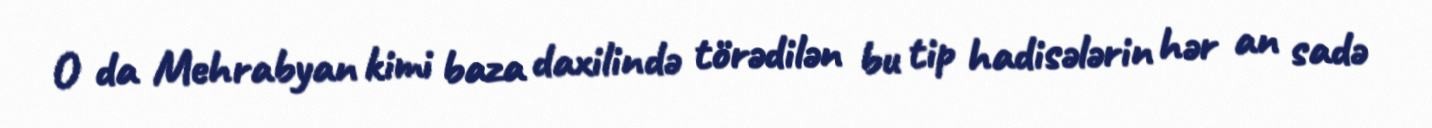
O da Mehrabyan kimi baza daxilində törədilən bu tip hadisələrin hər an sadə